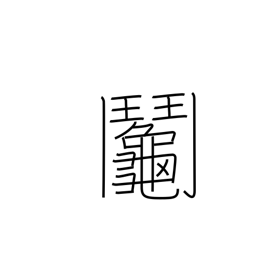
Meaning: raffle